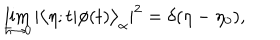
LaTeX: \lim _ { \hbar \to 0 } | \bigl < \eta ; t | \phi ( t ) \bigr > _ { \alpha } | ^ { 2 } = \delta ( \eta - \eta _ { 0 } ) ,